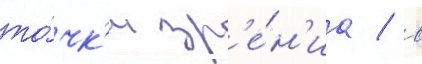
то́чк'и зр'е́н'иа / в